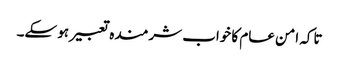
تاکہ امن عام کا خواب شرمندہ تعبیر ہو سکے۔